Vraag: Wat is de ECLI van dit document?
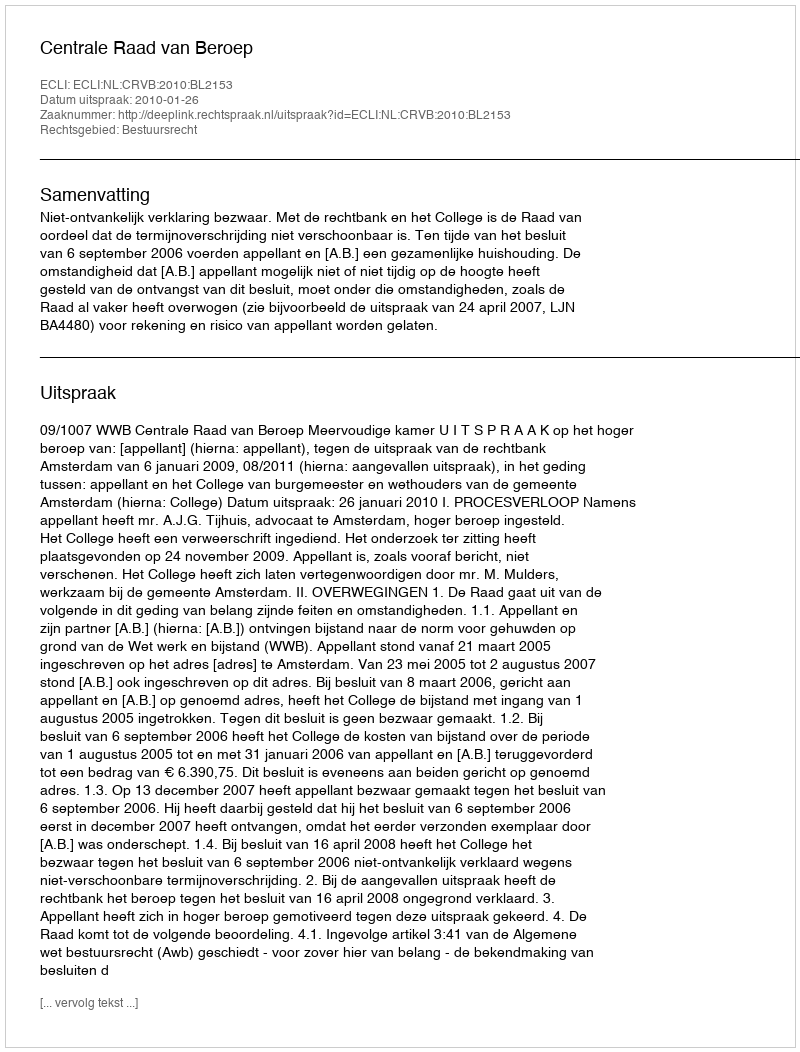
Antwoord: ECLI:NL:CRVB:2010:BL2153